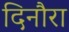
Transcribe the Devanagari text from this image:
दिनौरा